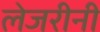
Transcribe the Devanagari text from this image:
लेजरीनी